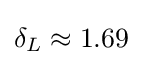
\delta _{L}\approx 1.69~